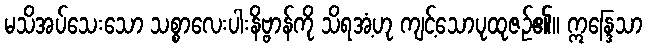
မသိအပ်သေးသော သစ္စာလေးပါးနိဗ္ဗာန်ကို သိရအံ့ဟု ကျင့်သောပုထုဇဉ်၏။ ဣန္ဒြေသာ